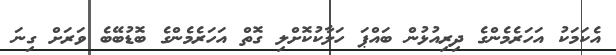
އެކަމަކު އަހަރެމެންގެ ދިރިއުޅުން ބައްޕަ ހަލާކުކޮށްލި ގޮތް އަހަރެމެންގެ ބޮޑުބޭބެ ވަރަށް ގިނަ